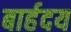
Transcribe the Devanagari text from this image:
बार्हदय